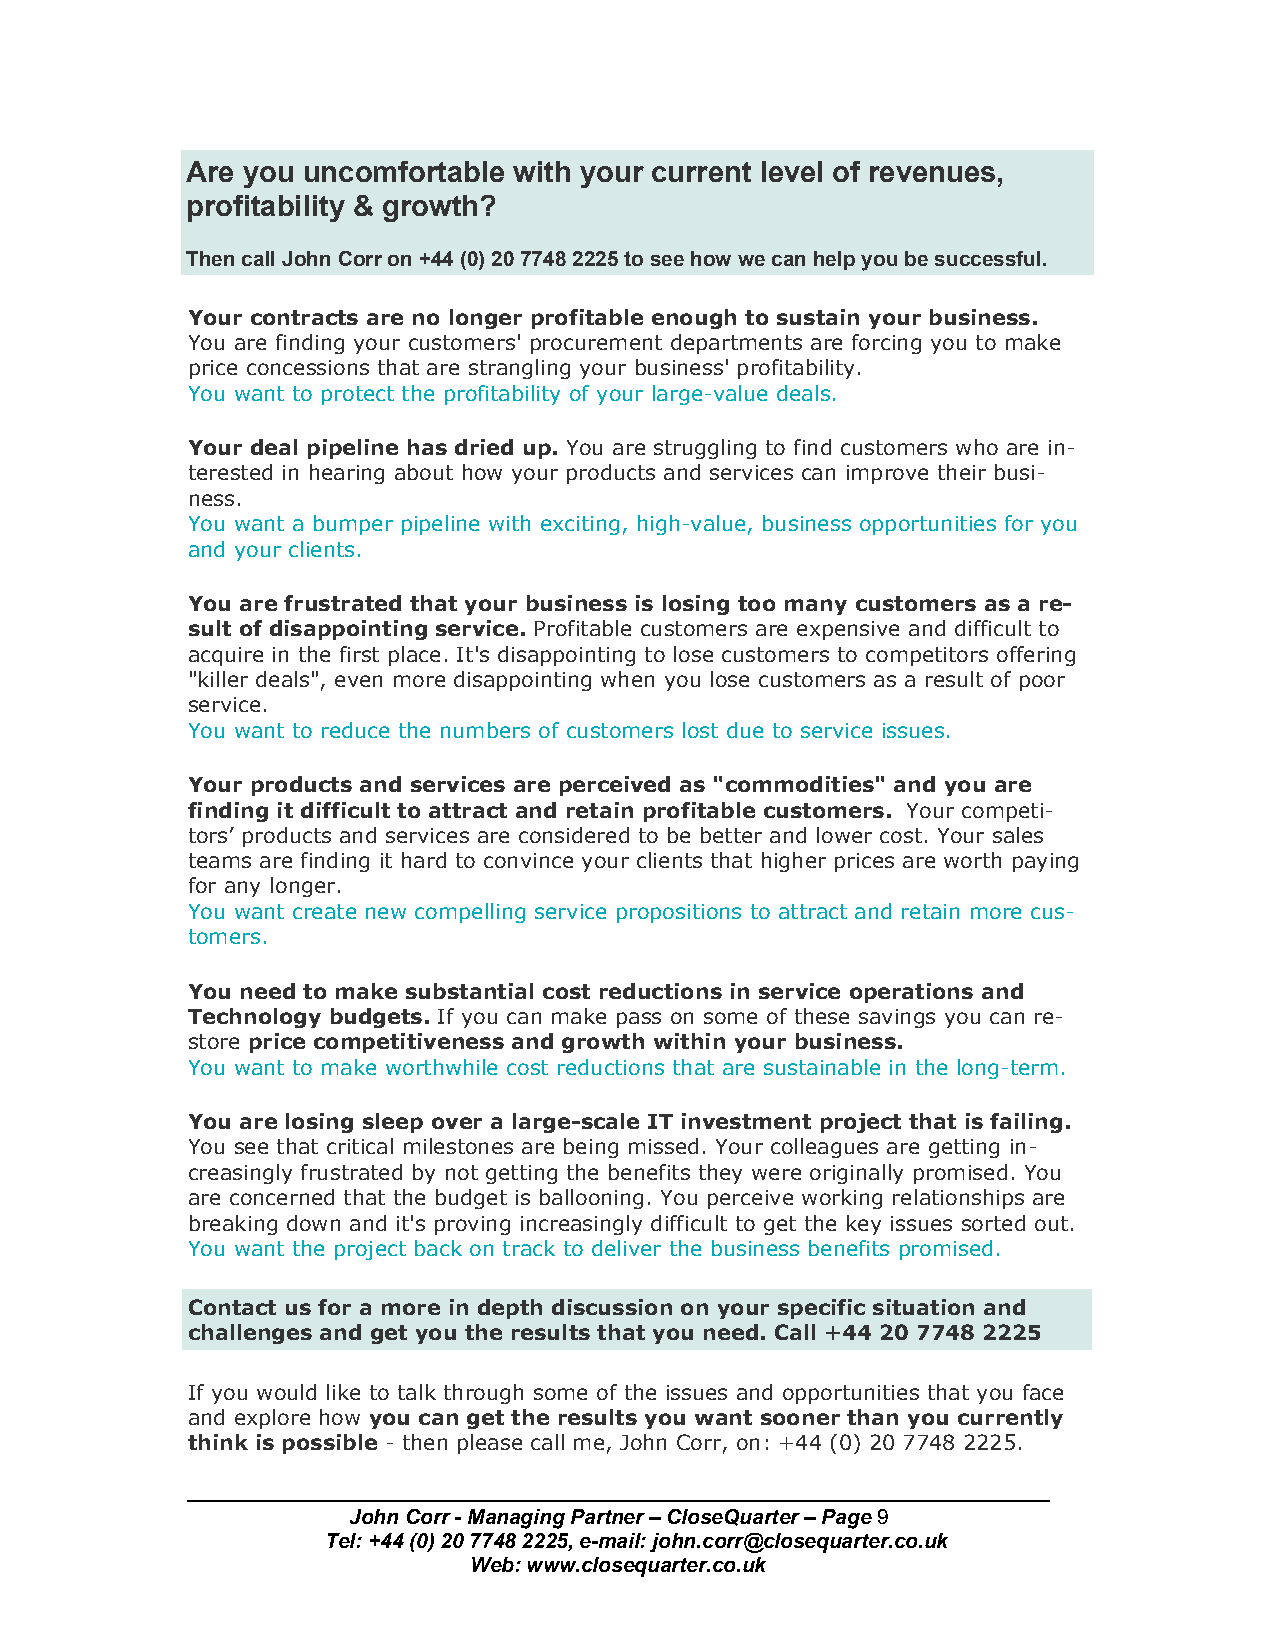
Are you uncomfortable with your current level of revenues,
 profitability & growth?
 Then call John Corr on +44 (0) 20 7748 2225 to see how we can help you be successful.
 Your contracts are no longer profitable enough to sustain your business.
 You are finding your customers' procurement departments are forcing you to make
 price concessions that are strangling your business' profitability.
 You want to protect the profitability of your large-value deals.
 Your deal pipeline has dried up. You are struggling to find customers who are in­
 terested in hearing about how your products and services can improve their busi­
 ness.
 You want a bumper pipeline with exciting, high-value, business opportunities for you
 and your clients.
 You are frustrated that your business is losing too many customers as a re­
 sult of disappointing service. Profitable customers are expensive and difficult to
 acquire in the first place. It's disappointing to lose customers to competitors offering
 "killer deals", even more disappointing when you lose customers as a result of poor
 service.
 You want to reduce the numbers of customers lost due to service issues.
 Your products and services are perceived as "commodities" and you are
 finding it difficult to attract and retain profitable customers. Your competi­
 tors’ products and services are considered to be better and lower cost. Your sales
 teams are finding it hard to convince your clients that higher prices are worth paying
 for any longer.
 You want create new compelling service propositions to attract and retain more cus­
 tomers.
 You need to make substantial cost reductions in service operations and
 Technology budgets. If you can make pass on some of these savings you can re­
 store price competitiveness and growth within your business.
 You want to make worthwhile cost reductions that are sustainable in the long-term.
 You are losing sleep over a large-scale IT investment project that is failing.
 You see that critical milestones are being missed. Your colleagues are getting in­
 creasingly frustrated by not getting the benefits they were originally promised. You
 are concerned that the budget is ballooning. You perceive working relationships are
 breaking down and it's proving increasingly difficult to get the key issues sorted out.
 You want the project back on track to deliver the business benefits promised.
 Contact us for a more in depth discussion on your specific situation and
 challenges and get you the results that you need. Call +44 20 7748 2225
 If you would like to talk through some of the issues and opportunities that you face
 and explore how you can get the results you want sooner than you currently
 think is possible - then please call me, John Corr, on: +44 (0) 20 7748 2225.
 John Corr - Managing Partner – CloseQuarter – Page 9
 Tel: +44 (0) 20 7748 2225, e-mail: john.corr@closequarter.co.uk
 Web: www.closequarter.co.uk